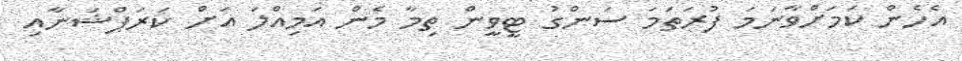
އެހެން ކަމަށްވާނަމަ ފުރަތަމަ ސަންގު ޓީވީން ތިމާ މެން އަމިއްލަ އަށް ކަރަޕްޝަނާއި